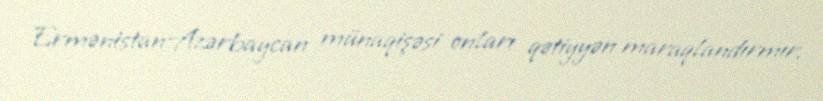
Ermənistan-Azərbaycan münaqişəsi onları qətiyyən maraqlandırmır.